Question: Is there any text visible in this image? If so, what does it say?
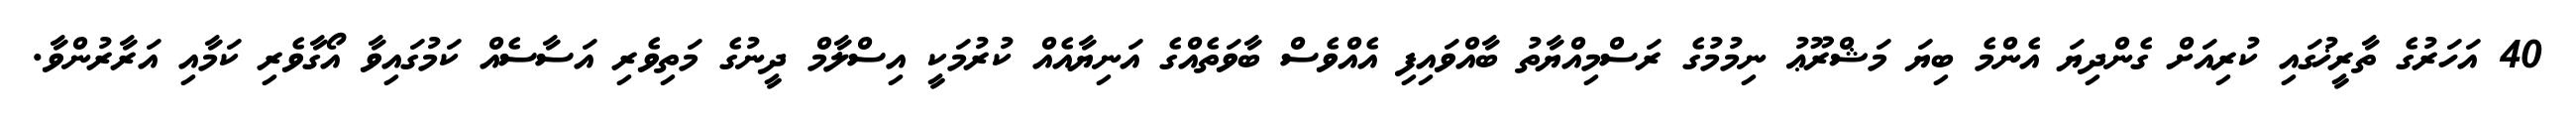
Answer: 40 އަހަރުގެ ތާރީޚުގައި ކުރިއަށް ގެންދިޔަ އެންމެ ބިޔަ މަޝްރޫޢު ނިމުމުގެ ރަސްމިއްޔާތު ބާއްވައިފި އެއްވެސް ބާވަތެއްގެ އަނިޔާއެއް ކުރުމަކީ އިސްލާމް ދީނުގެ މަތިވެރި އަސާސެއް ކަމުގައިވާ އޯގާވެރި ކަމާއި އަރާރުންވާ.